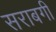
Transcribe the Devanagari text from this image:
सराबगी